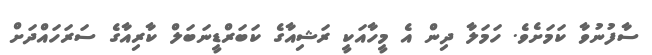
ސާފުނުވާ ކަމަށެވެ. ހަމަލާ ދިން އެ މީހާއަކީ ރަޝިއާގެ ކަބަރްޑީނަބަލް ކާރިއާގެ ސަރަހައްދަށް